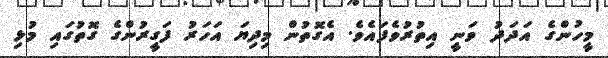
މީހުންގެ އަދަދު ވަނީ އިތުރުވެފައެވެ. އެގޮތުން މިދިޔަ އަހަރު ފަގީރުންގެ ގޮތުގައި މުޅި